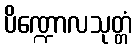
ပိဏ္ဍောလသုတ္တံ